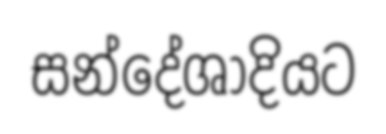
සන්දේශාදියට